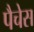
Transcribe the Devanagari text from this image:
पैचेस